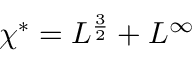
\chi ^ { \ast } = L ^ { \frac { 3 } { 2 } } + L ^ { \infty }